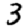
Digit: 3